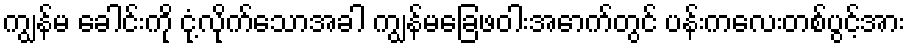
ကျွန်မ ခေါင်းကို ငုံ့လိုက်သောအခါ ကျွန်မခြေဖဝါးအောက်တွင် ပန်းကလေးတစ်ပွင့်အား